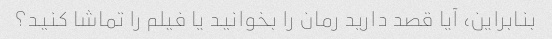
بنابراین، آیا قصد دارید رمان را بخوانید یا فیلم را تماشا کنید؟